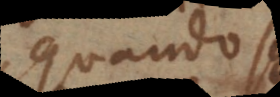
quando s